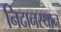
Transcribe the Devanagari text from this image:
निदानस्थान